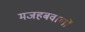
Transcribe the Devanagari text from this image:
मजहबवालों